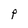
Character: P